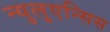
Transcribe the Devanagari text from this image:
न्युलुएन्सिस